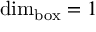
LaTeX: \dim _ { \operatorname { b o x } } = 1